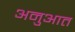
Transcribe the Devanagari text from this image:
अनुआत